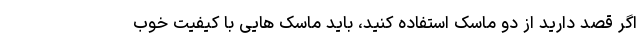
اگر قصد دارید از دو ماسک استفاده کنید، باید ماسک هایی با کیفیت خوب